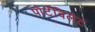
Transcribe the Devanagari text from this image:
पोर्टविलेट